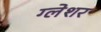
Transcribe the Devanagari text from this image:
ग्लेशर